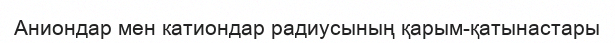
Аниондар мен катиондар радиусының қарым-қатынастары